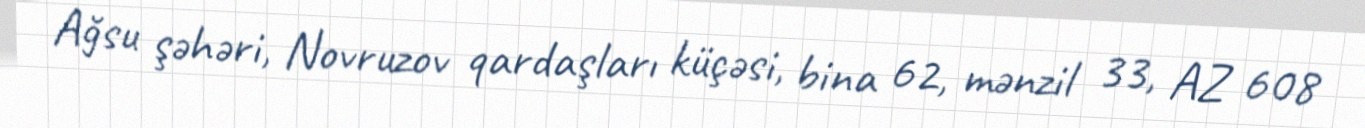
Ağsu şəhəri, Novruzov qardaşları küçəsi, bina 62, mənzil 33, AZ 608